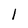
Character: l